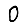
Digit: 0